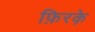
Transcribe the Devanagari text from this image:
फ़िरके़